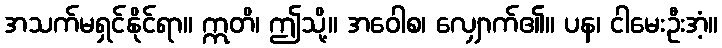
အသက်မရှင်နိုင်ရာ။ ဣတိ၊ ဤသို့။ အဝေါစ၊ လျှောက်၏။ ပန၊ ငါမေးဦးအံ့။